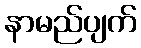
နာမည်ပျက်